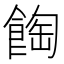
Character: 𩛽